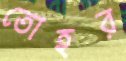
তোহর